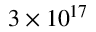
3 \times 1 0 ^ { 1 7 }